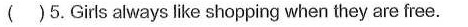
( )5.Gils always like shopping when they are free.